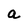
Character: a